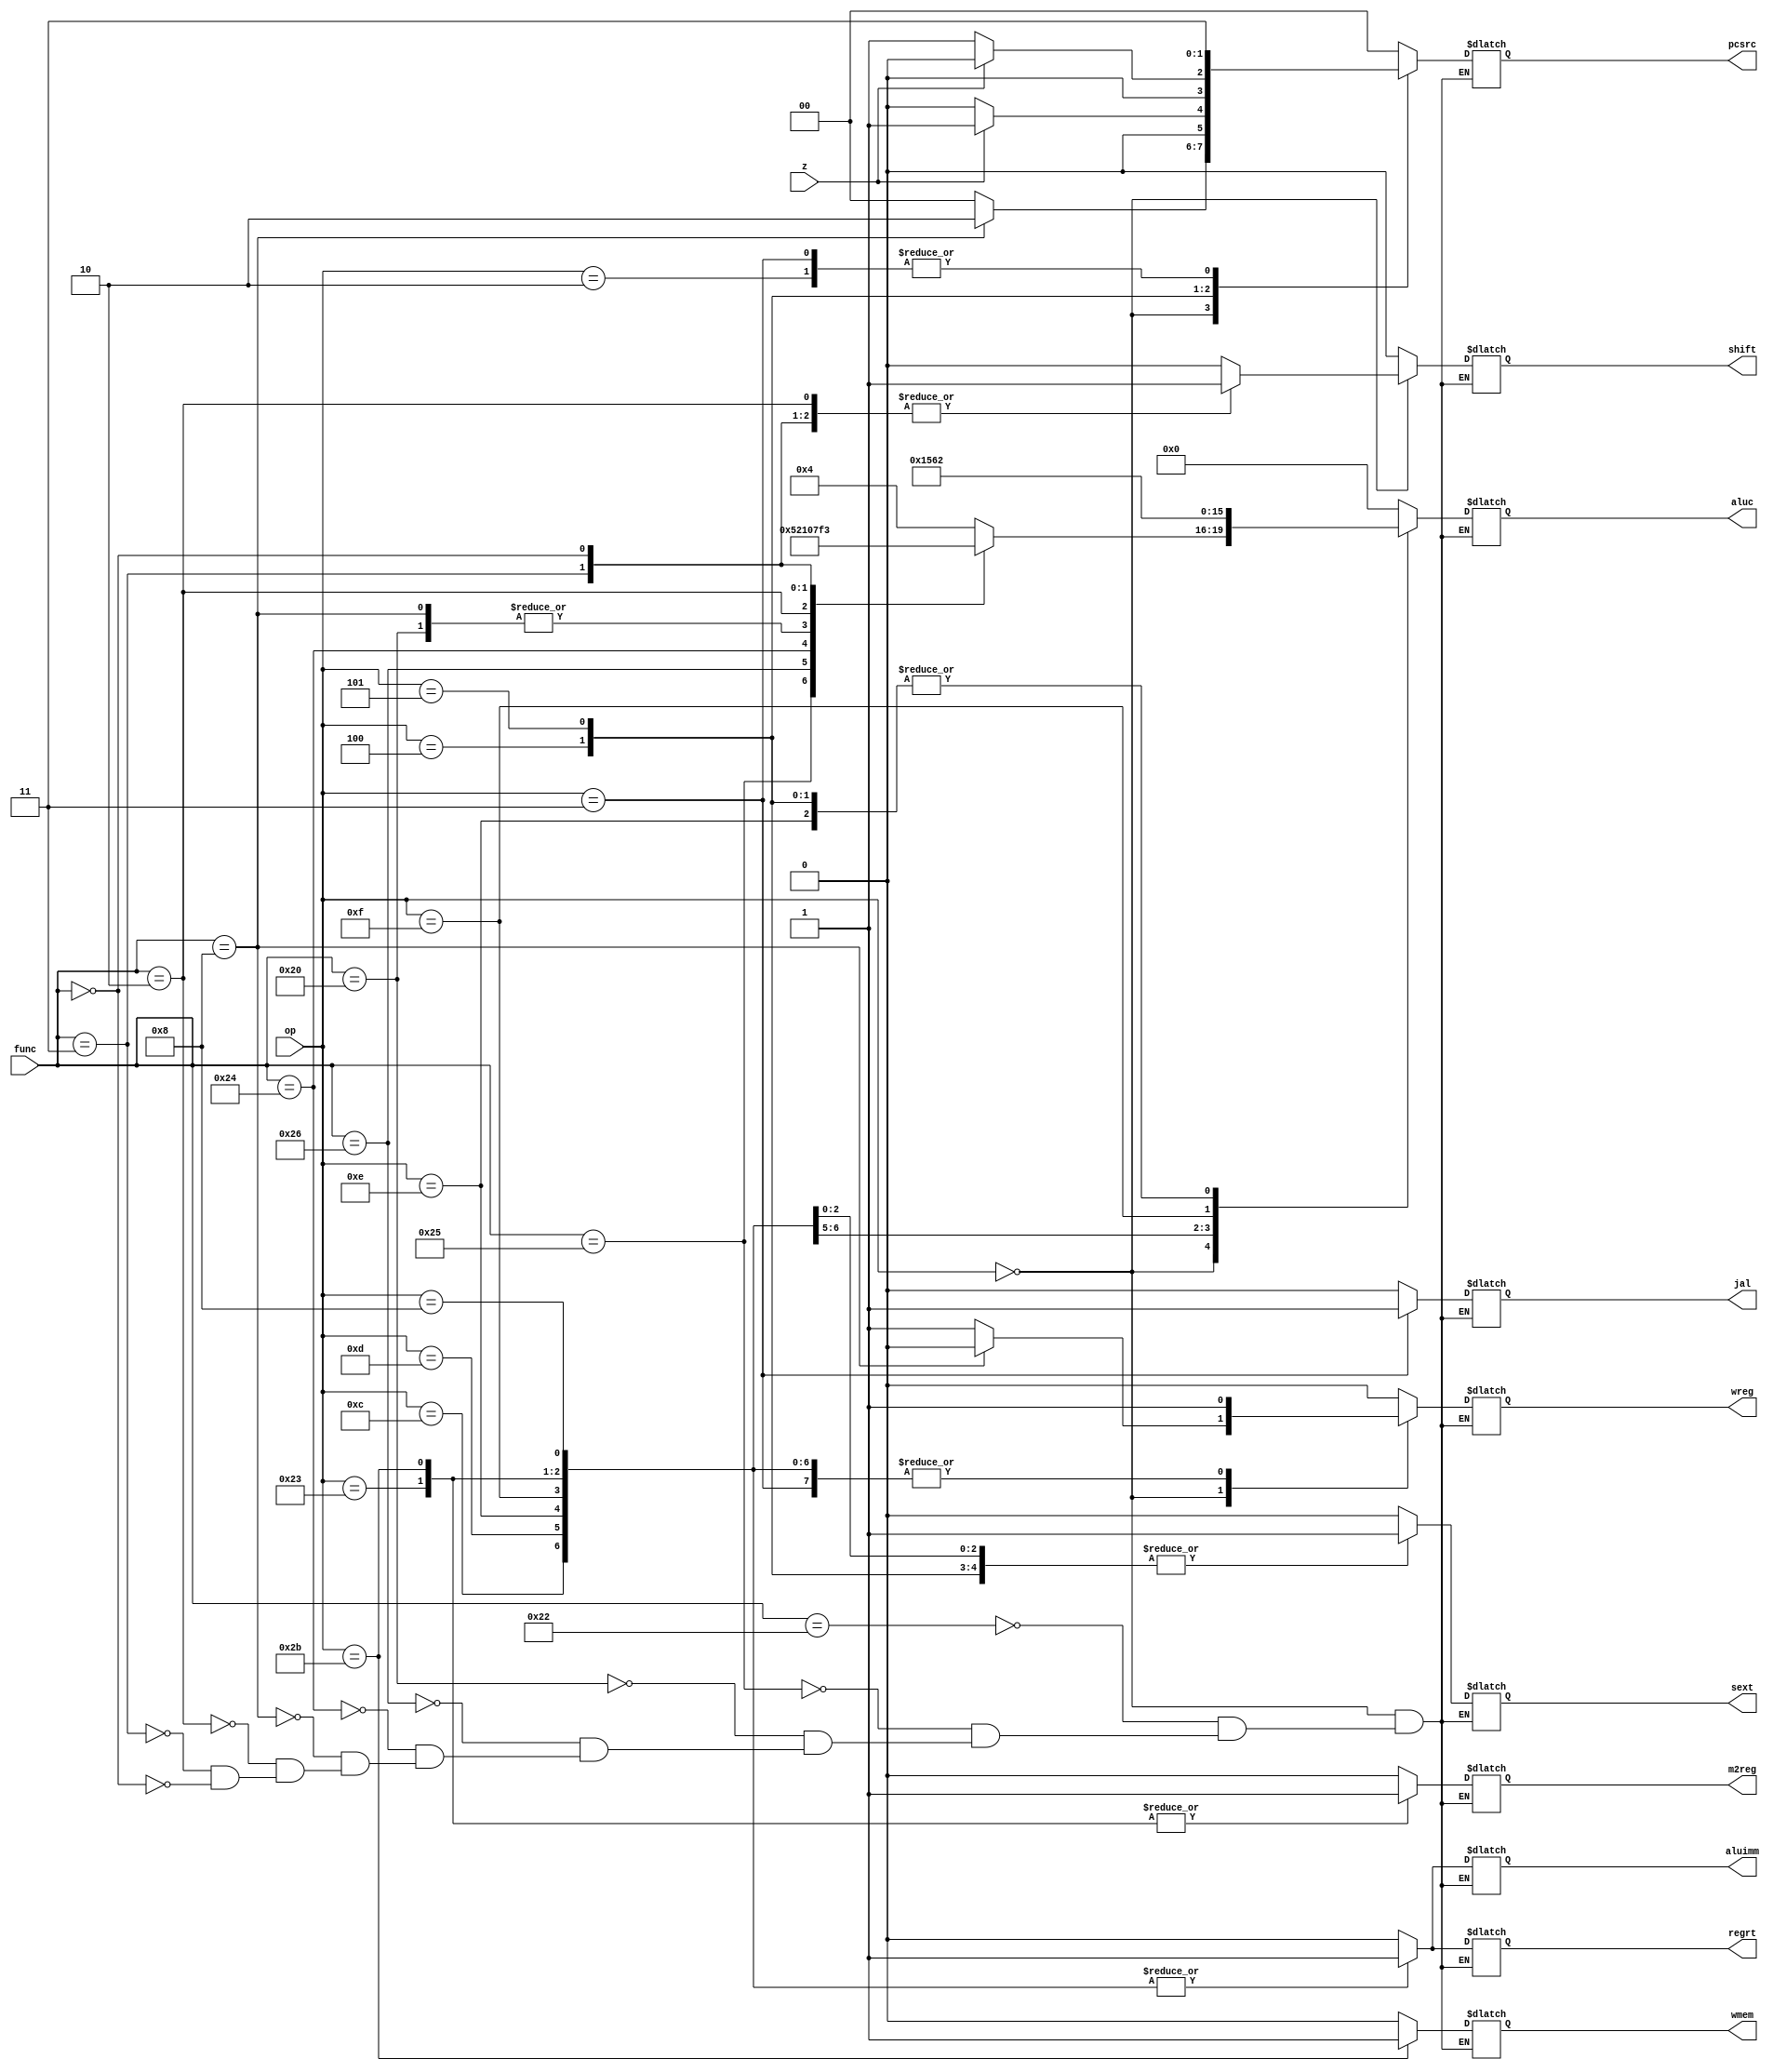
`timescale 1ns / 1ps
//////////////////////////////////////////////////////////////////////////////////
// Company: 
// Engineer: 
// 
// Design Name: 
// Module Name: control_unit
// Project Name: 
// Target Devices: 
// Tool Versions: 
// Description: 
// 
// Dependencies: 
// 
// Revision:
// Revision 0.01 - File Created
// Additional Comments:
// 
//////////////////////////////////////////////////////////////////////////////////


module control_unit(
    input[5:0] op,
    input[5:0] func,
    input z,
    output reg[1:0] pcsrc,
    output reg[3:0] aluc,
    output reg m2reg,
    output reg wmem,
    output reg shift,
    output reg aluimm,
    output reg wreg, 
    output reg regrt,
    output reg sext,
    output reg jal
    );
    
    always @(*) begin
        case (op)
        6'b000000: begin
        
        case (func)    
        6'b100010: begin
            aluc <= 4'b0100;
            shift <= 1'b0;
            wreg <= 1'b1;
            pcsrc <= 2'b00;
            m2reg <= 1'b0;
            wmem <= 1'b0;
            aluimm <= 1'b0;
            regrt <= 1'b0;
            sext <= 1'b0; 
            jal <= 1'b0;
        end
    
        6'b100101: begin
            aluc <= 4'b0101;
            shift <= 1'b0;
            wreg <= 1'b1;
            pcsrc <= 2'b00; 
            m2reg <= 1'b0;
            wmem <= 1'b0;
            aluimm <= 1'b0;
            regrt <= 1'b0;
            sext <= 1'b0;
            jal <= 1'b0;
        end
        
        6'b100000: begin
            aluc <= 4'b0000;
            shift <= 1'b0;
            wreg <= 1'b1;
            pcsrc <= 2'b00; 
            m2reg <= 1'b0;
            wmem <= 1'b0;
            aluimm <= 1'b0;
            regrt <= 1'b0; 
            sext <= 1'b0;
            jal <= 1'b0;
        end
        
        6'b100110: begin
            aluc <= 4'b0010;
            shift <= 1'b0;
            wreg <= 1'b1;
            pcsrc <= 2'b00; 
            m2reg <= 1'b0;
            wmem <= 1'b0;
            aluimm <= 1'b0;
            regrt <= 1'b0;
            sext <= 1'b0;
            jal <= 1'b0; 
        end
        
        6'b100100: begin
            aluc <= 4'b0001;
            shift <= 1'b0;
            wreg <= 1'b1;
            pcsrc <= 2'b00; 
            m2reg <= 1'b0;
            wmem <= 1'b0;
            aluimm <= 1'b0;
            regrt <= 1'b0;
            sext <= 1'b0; 
            jal <= 1'b0;
        end
        
        6'b001000: begin
            aluc <= 4'b0000;
            shift <= 1'b0;
            wreg <= 1'b0;
            pcsrc <= 2'b10; 
            m2reg <= 1'b0;
            wmem <= 1'b0;
            aluimm <= 1'b0;
            regrt <= 1'b0;
            sext <= 1'b0; 
            jal <= 1'b0;
        end
        
        6'b000010: begin
            aluc <= 4'b0111;
            shift <= 1'b1;
            wreg <= 1'b1;
            pcsrc <= 2'b00; 
            m2reg <= 1'b0;
            wmem <= 1'b0;
            aluimm <= 1'b0;
            regrt <= 1'b0;
            sext <= 1'b0; 
            jal <= 1'b0;
        end
        
        6'b000011: begin
            aluc <= 4'b1111;
            shift <= 1'b1;
            wreg <= 1'b1;
            pcsrc <= 2'b00; 
            m2reg <= 1'b0;
            wmem <= 1'b0;
            aluimm <= 1'b0;
            regrt <= 1'b0;
            sext <= 1'b0; 
            jal <= 1'b0;
        end
        
        6'b000000: begin
            aluc <= 4'b0011;
            shift <= 1'b1;
            wreg <= 1'b1;
            pcsrc <= 2'b00; 
            m2reg <= 1'b0;
            wmem <= 1'b0;
            aluimm <= 1'b0;
            regrt <= 1'b0;
            sext <= 1'b0; 
            jal <= 1'b0;
        end
        
    endcase
    end 
        
        6'b100011: begin
            aluc <= 4'b0000;
            shift <= 1'b0;
            wreg <= 1'b1;
            pcsrc <= 2'b00; 
            m2reg <= 1'b1;
            wmem <= 1'b0;
            aluimm <= 1'b1;
            regrt <= 1'b1;
            sext <= 1'b1; 
            jal <= 1'b0;
        end

        6'b101011: begin
            aluc <= 4'b0000;
            shift <= 1'b0;
            wreg <= 1'b1;
            pcsrc <= 2'b00; 
            m2reg <= 1'b1;
            wmem <= 1'b1;
            aluimm <= 1'b1;
            regrt <= 1'b1;
            sext <= 1'b1; 
            jal <= 1'b0;
        end
        
        6'b001000: begin
            aluc <= 4'b0000;
            shift <= 1'b0;
            wreg <= 1'b1;
            pcsrc <= 2'b00; 
            m2reg <= 1'b0;  
            wmem <= 1'b0;
            aluimm <= 1'b1;
            regrt <= 1'b1;
            sext <= 1'b1; 
            jal <= 1'b0;
        end
        
        6'b001100: begin
            aluc <= 4'b0001;
            shift <= 1'b0;
            wreg <= 1'b1;
            pcsrc <= 2'b00; 
            m2reg <= 1'b0;
            wmem <= 1'b0;
            aluimm <= 1'b1;
            regrt <= 1'b1;
            sext <= 1'b0; 
            jal <= 1'b0;
        end
        
        6'b001101: begin
            aluc <= 4'b0101;
            shift <= 1'b0;
            wreg <= 1'b1;
            pcsrc <= 2'b00; 
            m2reg <= 1'b0;
            wmem <= 1'b0;
            aluimm <= 1'b1;
            regrt <= 1'b1;
            sext <= 1'b0; 
            jal <= 1'b0;
        end
        
        6'b001110: begin
            aluc <= 4'b0010;
            shift <= 1'b0;
            wreg <= 1'b1;
            pcsrc <= 2'b00; 
            m2reg <= 1'b0;
            wmem <= 1'b0;
            aluimm <= 1'b1;
            regrt <= 1'b1;
            sext <= 1'b0; 
            jal <= 1'b0;
        end
        
        6'b001111: begin
            aluc <= 4'b0110;
            shift <= 1'b0;
            wreg <= 1'b1;
            pcsrc <= 2'b00; 
            m2reg <= 1'b0;
            wmem <= 1'b0;
            aluimm <= 1'b1;
            regrt <= 1'b1;
            sext <= 1'b0; 
            jal <= 1'b0;
        end
        
        6'b000100: begin
            aluc <= 4'b0010;
            shift <= 1'b0;
            wreg <= 1'b0; 
            m2reg <= 1'b0;
            wmem <= 1'b0;
            aluimm <= 1'b0;
            regrt <= 1'b0;
            sext <= 1'b1;
            jal <= 1'b0; 
            if (z == 1) begin 
                pcsrc <= 2'b01;
            end
            else 
                pcsrc <= 2'b00;
        end
        
        6'b000101: begin
            aluc <= 4'b0010;
            shift <= 1'b0;
            wreg <= 1'b0; 
            m2reg <= 1'b0;
            wmem <= 1'b0;
            aluimm <= 1'b0;
            regrt <= 1'b0;
            sext <= 1'b1;
            jal <= 1'b0; 
            if (z == 1) begin 
                pcsrc <= 2'b00;
            end
            else 
                pcsrc <= 2'b01;
        end   
        
        6'b000010: begin
            aluc <= 4'b0000;
            shift <= 1'b0;
            wreg <= 1'b0;
            pcsrc <= 2'b11; 
            m2reg <= 1'b0;
            wmem <= 1'b0;
            aluimm <= 1'b0;
            regrt <= 1'b0;
            sext <= 1'b0; 
            jal <= 1'b0;
        end
        
        6'b000011: begin
            aluc <= 4'b0000;
            shift <= 1'b0;
            wreg <= 1'b1;
            pcsrc <= 2'b11; 
            m2reg <= 1'b0;
            wmem <= 1'b0;
            aluimm <= 1'b0;
            regrt <= 1'b0;
            sext <= 1'b0; 
            jal <= 1'b1;
        end
        
        default: begin 
            aluc <= 4'b0000;
            shift <= 1'b0;
            wreg <= 1'b0;
            pcsrc <= 2'b00;
            m2reg <= 1'b0;
            wmem <= 1'b0;
            aluimm <= 1'b0;
            regrt <= 1'b0;
            sext <= 1'b0;
            jal <= 1'b0;
        end  
        
    endcase 
    end
endmodule